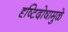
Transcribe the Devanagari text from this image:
दृष्टिदोषामुळे